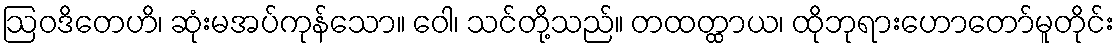
ဩဝဒိတေဟိ၊ ဆုံးမအပ်ကုန်သော။ ဝေါ၊ သင်တို့သည်။ တထတ္ထာယ၊ ထိုဘုရားဟောတော်မူတိုင်း